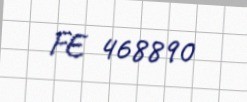
FE 468890